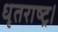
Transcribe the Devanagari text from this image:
धृतराष्ट्र।